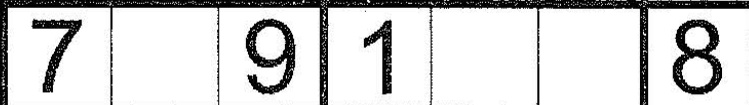
7 9 1 8